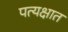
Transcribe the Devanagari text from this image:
पत्यक्षात